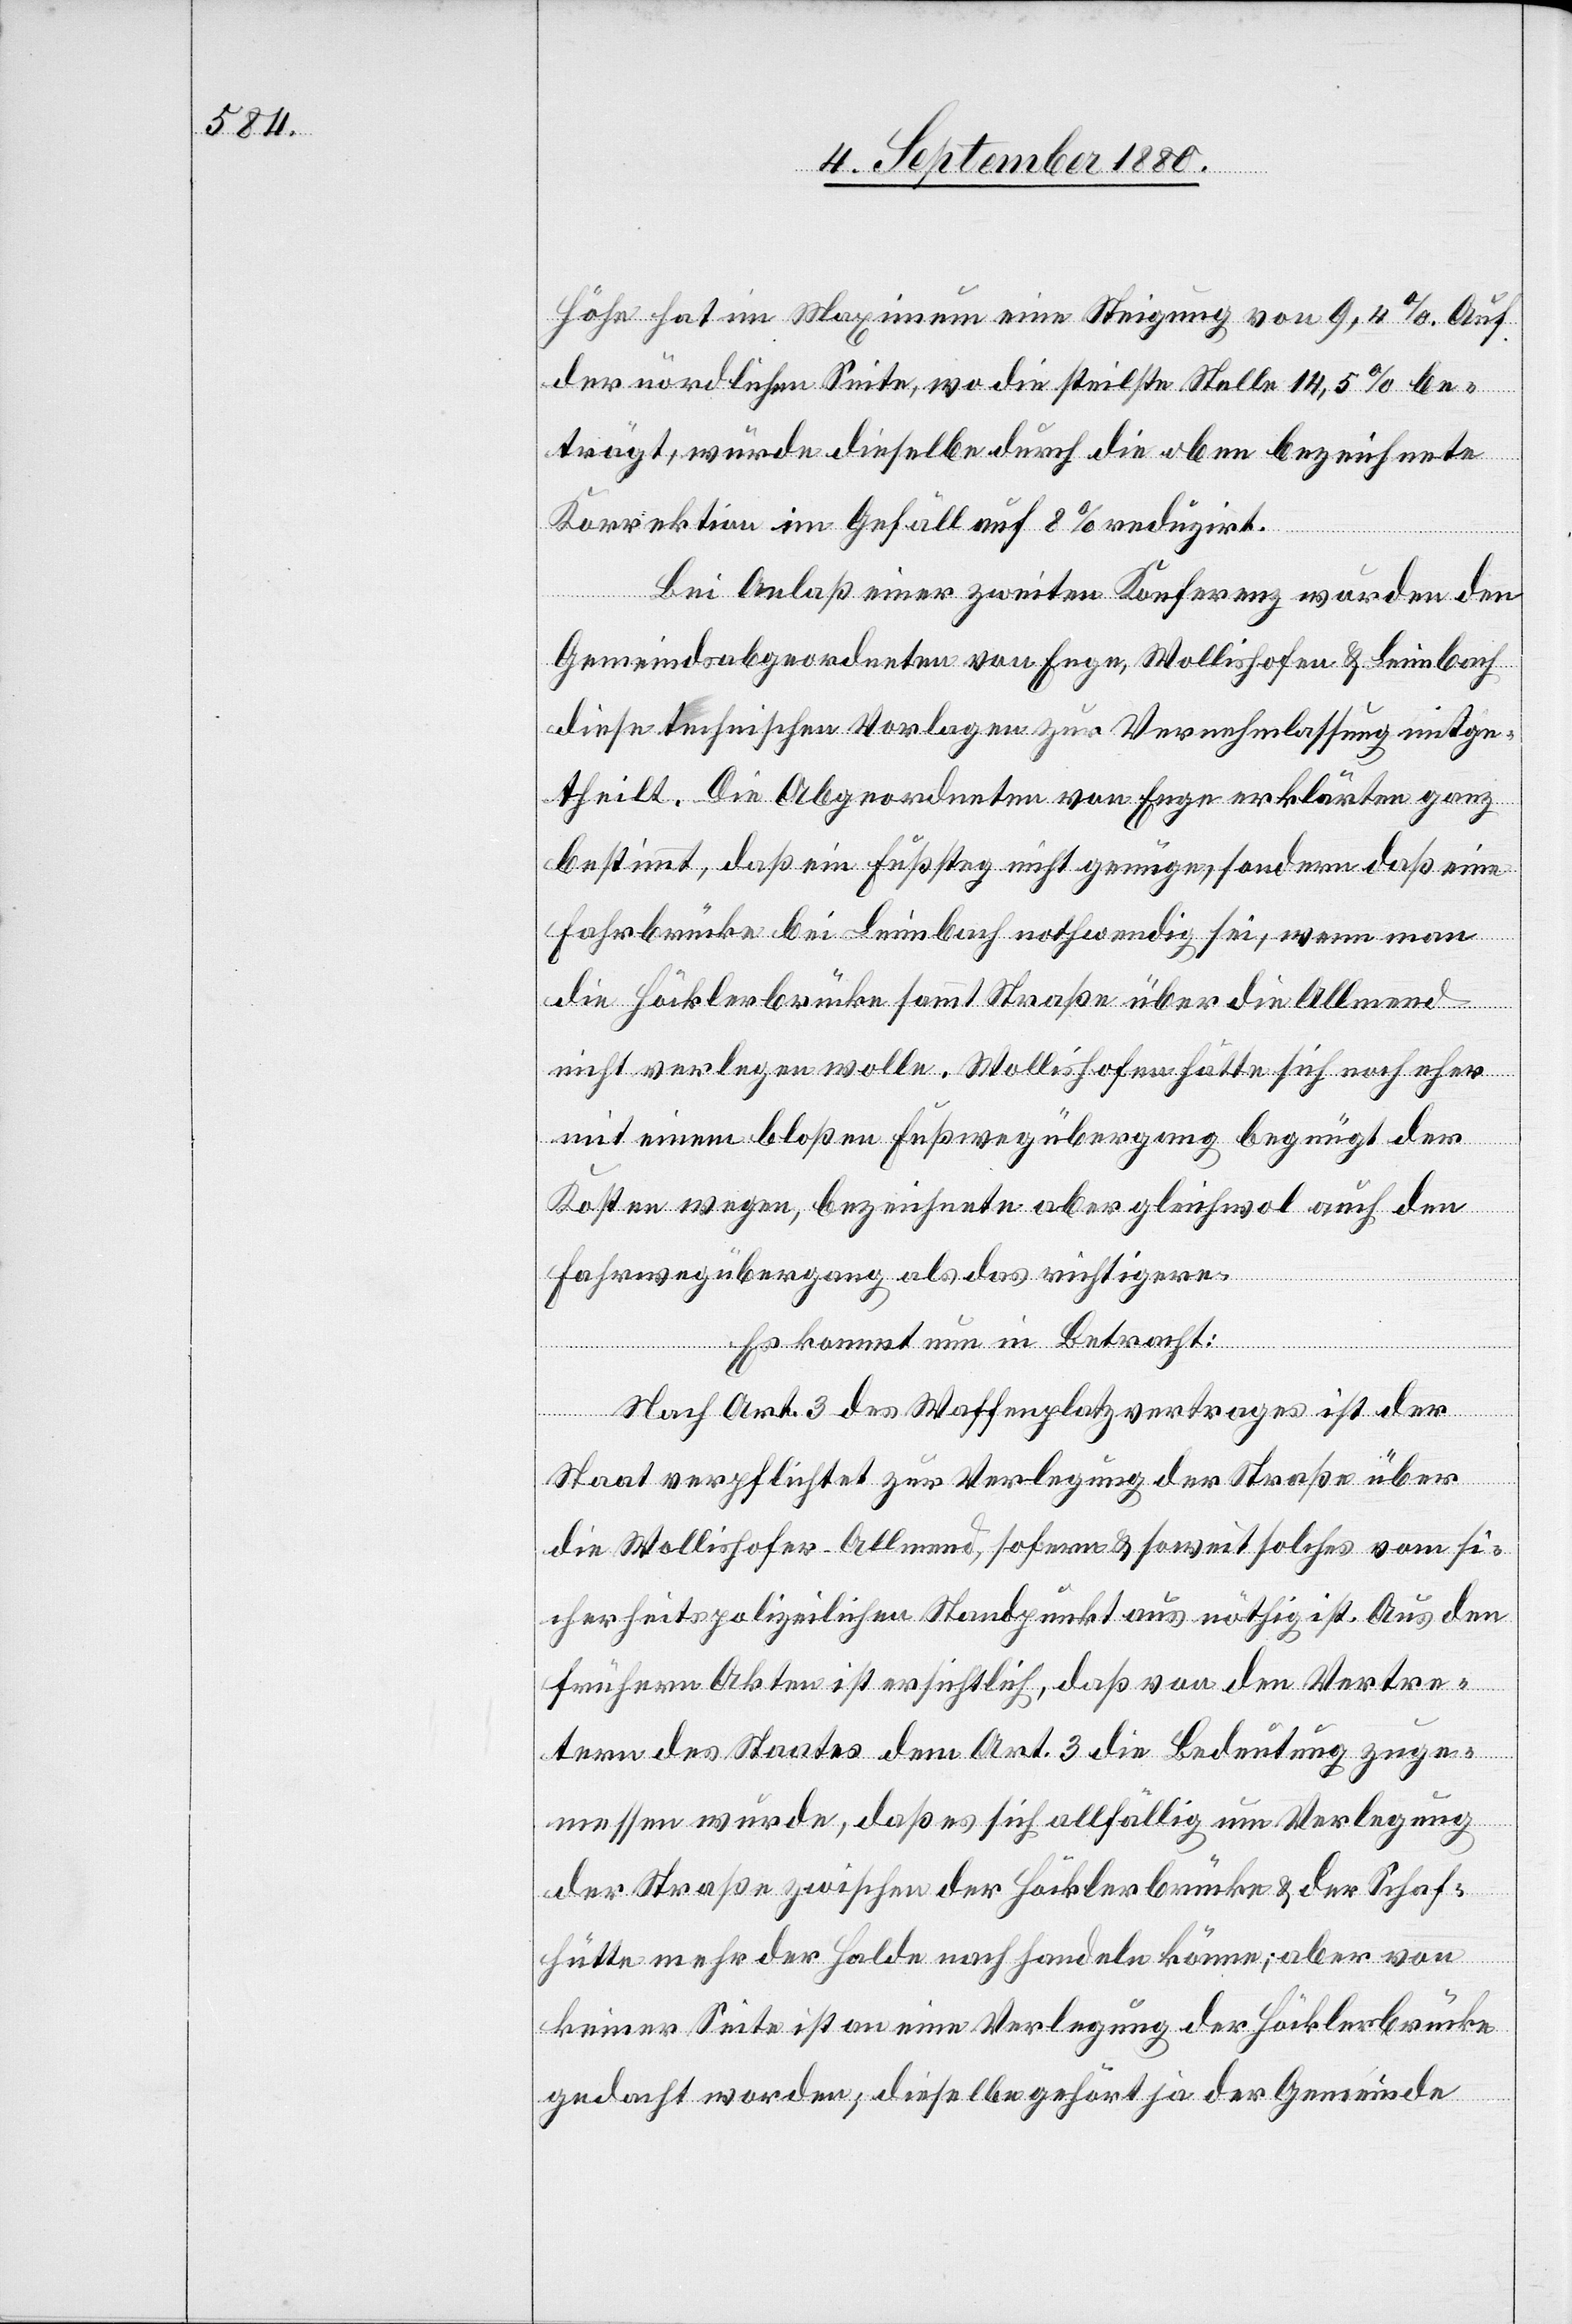
Höhe hat im Maximum eine Steigung von 9,4 %. Auf
der nördlichen Seite, wo die steilste Stelle 14,5 % be¬
trägt, würde dieselbe durch die oben bezeichnete
Korrektion im Gefäll auf 8 reduzirt.
Bei Anlaß einer zweiten Konferenz wurden den
Gemeindesabgeordneten von Enge, Wollishofen & Leimbach
diese technischen Vorlagen zur Vernehmlassung mitgeh¬
teilt. Die Abgeordneten von Enge erklärten ganz
bestimmt, daß ein Fußsteg nicht genügen, sondern daß eine
Fahrbrücke bei Leimbach nothwendig sei, wenn man
die Höcklerbrücke sammt Straße über die Allmend
nicht verlegen wolle. Wollishofen hätte sich noch eher
mit einem bloßen Fußwegübergang begnügt der
Kosten wegen, bezeichnete aber gleichwol auch den
Fahrwegübergang als das richtigere.
Es kommt in Betracht:
Nach Art. 3 des Waffenplatzvertrages ist der
Staat verpflichtet zur Verlegung der Straße über
die Wollishofer-Allmend, sofern & soweit solches vom si¬
cherheitspolizeilichen Standpunkt aus nöthig ist. Aus den
frühern Akten ist ersichtlich, daß von den Vertre¬
tern des Staates dem Art. 3 die Bedeutung zuge¬
messen wurde, daß es sich allfällig um Verlegung
der Straße zwischen der Höcklerbrücke & der Schaf¬
hütte mehr der Halde nach handeln könne; aber von
keiner Seite ist an eine Verlegung der Höcklerbrücke
gedacht worden, dieselbe gehört ja der Gemeinde